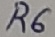
Text: R6